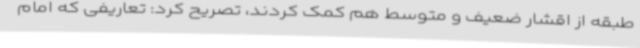
طبقه از اقشار ضعیف و متوسط هم کمک کردند، تصریح کرد: تعاریفی که امام